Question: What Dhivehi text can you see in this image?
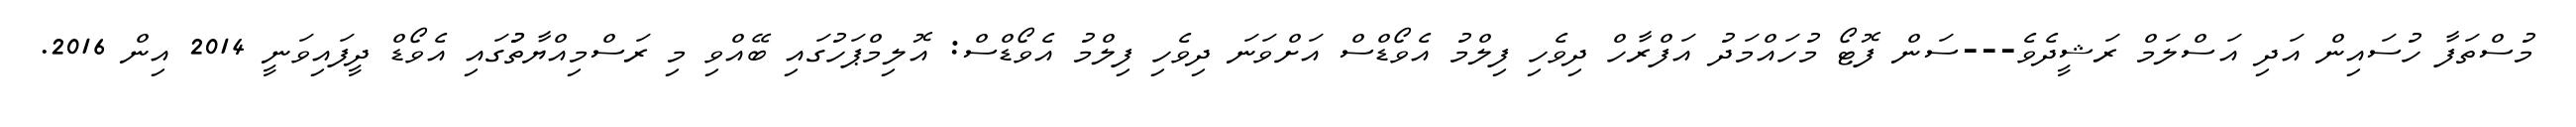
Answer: މުސްތަފާ ހުސައިން އަދި އަސްލަމް ރަޝީދެވެ---ސަން ފޮޓޯ މުހައްމަދު އަފްރާހް ދިވެހި ފިލްމު އެވޯޑްސް އަށްވަނަ ދިވެހި ފިލްމު އެވޯޑްސް: އޮލިމްޕަހުގައި ބޭއްވި މި ރަސްމިއްޔާތުުގައި އެވޯޑް ދީފައިވަނީ 2014 އިން 2016.